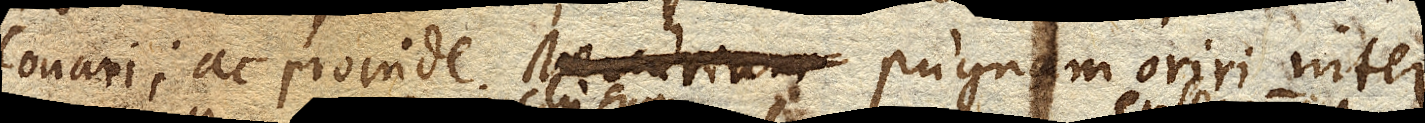
conari; ac proinde Mercurium pugnam oriri inter